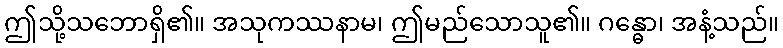
ဤသို့သဘောရှိ၏။ အသုကဿနာမ၊ ဤမည်သောသူ၏။ ဂန္ဓော၊ အနံ့သည်။